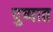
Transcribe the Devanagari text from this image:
पुष्पात